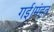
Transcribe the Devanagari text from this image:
गई।मंहत